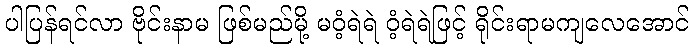
ပါပြန်ရင်လာ ဗိုင်းနာမ ဖြစ်မည်မို့ မဝံ့ရဲရဲ ဝံ့ရဲရဲဖြင့် ရိုင်းရာမကျလေအောင်